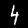
Digit: 4